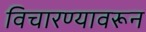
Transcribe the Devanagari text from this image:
विचारण्यावरून